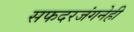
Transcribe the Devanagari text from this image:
सफदरजंगनेही